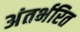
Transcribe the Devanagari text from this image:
अंतर्भरित